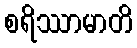
စရိဿာမာတိ